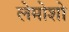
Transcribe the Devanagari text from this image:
लेमोशो